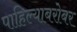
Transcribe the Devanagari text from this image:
पाहिल्याबरोबर